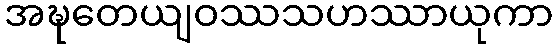
အဍ္ဎတေယျဝဿသဟဿာယုကာ